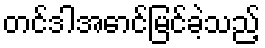
တင်ဒါအောင်မြင်ခဲ့သည့်